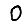
Digit: 0